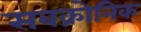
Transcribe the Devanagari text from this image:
सबक्रोनिक